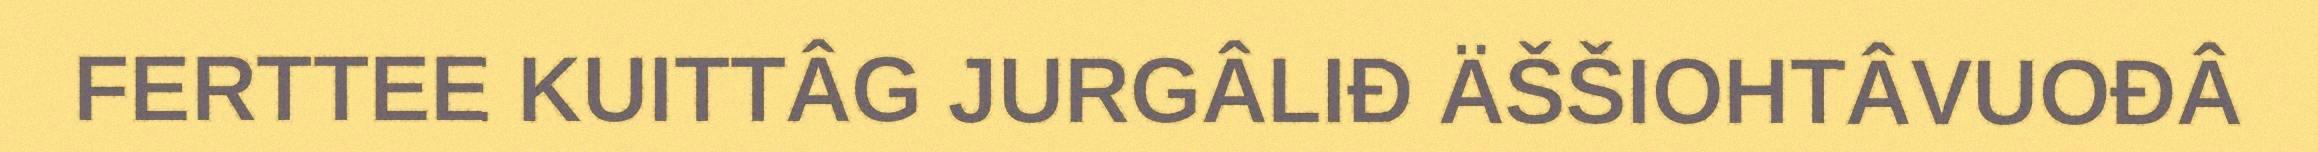
FERTTEE KUITTÂG JURGÂLIĐ ÄŠŠIOHTÂVUOĐÂ